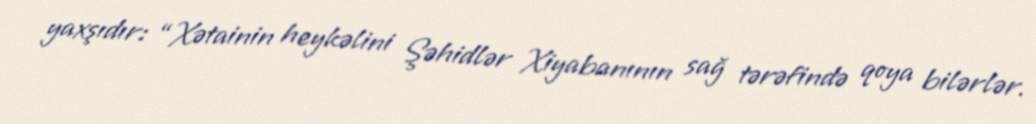
yaxşıdır: “Xətainin heykəlini Şəhidlər Xiyabanının sağ tərəfində qoya bilərlər.